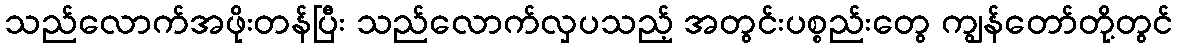
သည်လောက်အဖိုးတန်ပြီး သည်လောက်လှပသည့် အတွင်းပစ္စည်းတွေ ကျွန်တော်တို့တွင်